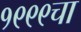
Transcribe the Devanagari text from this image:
१९९९चा